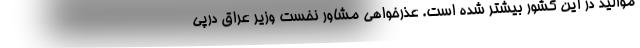
موالید در این کشور بیشتر شده است. عذرخواهی مشاور نخست وزیر عراق درپی